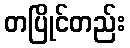
တပြိုင်တည်း